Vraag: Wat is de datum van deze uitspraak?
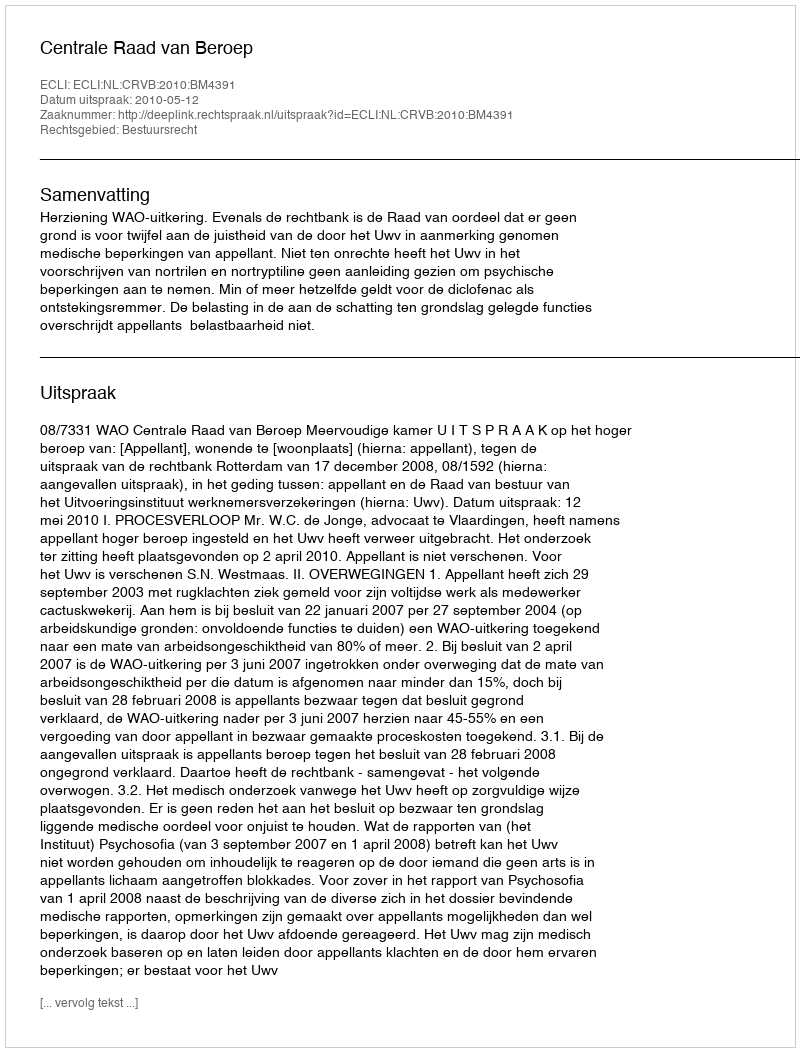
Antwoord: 2010-05-12